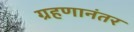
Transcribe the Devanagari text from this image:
ग्रहणानंतर